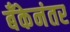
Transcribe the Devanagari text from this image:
बँकेनंतर